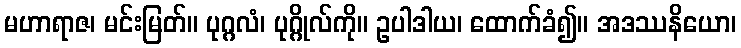
မဟာရာဇ၊ မင်းမြတ်။ ပုဂ္ဂလံ၊ ပုဂ္ဂိုလ်ကို။ ဥပါဒါယ၊ ထောက်ခံ၍။ အဒဿနိယော၊